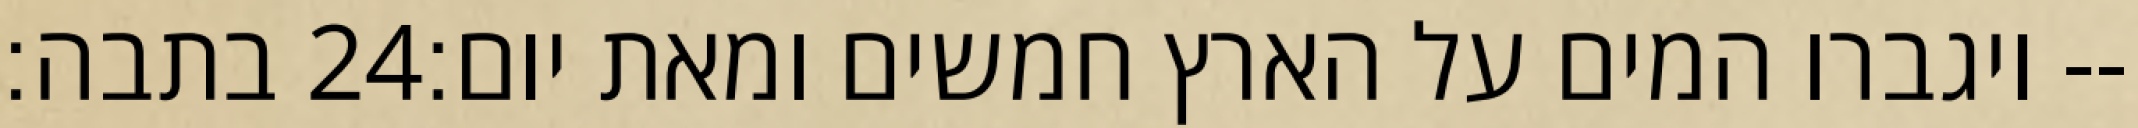
בתבה׃ ‎24‏ ויגברו המים על הארץ חמשים ומאת יום׃--